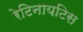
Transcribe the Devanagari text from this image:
रेटिनायटिस